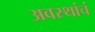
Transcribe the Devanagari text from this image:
अवस्थांचं